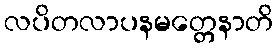
လပိတလာပနမတ္တေနာတိ